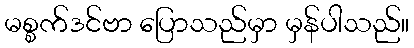
မစ္စက်ဒင်ဗာ ပြောသည်မှာ မှန်ပါသည်။